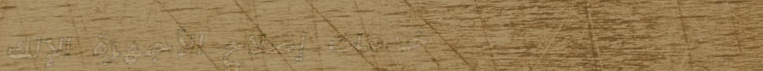
خدمات إصلاح الأجهزة الإلك